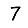
Digit: 7